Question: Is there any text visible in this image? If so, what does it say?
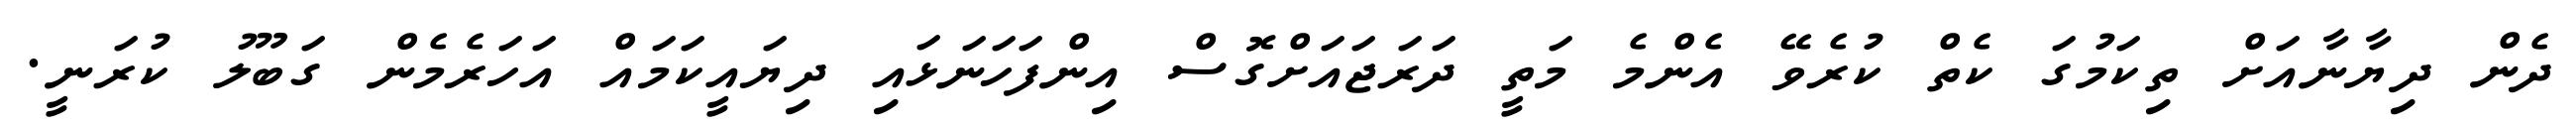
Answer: ދެން ދިޔާނާއަށް ތިކަމުގަ ކެތް ކުރެވޭ އެންމެ މަތީ ދަރަޖައަށްގޮސް އިންފަހަނަޅައި ދިޔައީކަމައް އަހަރެމެން ގަބޫލު ކުރަނީ.